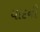
યાદની